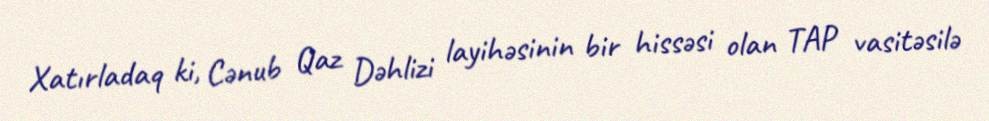
Xatırladaq ki, Cənub Qaz Dəhlizi layihəsinin bir hissəsi olan TAP vasitəsilə